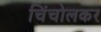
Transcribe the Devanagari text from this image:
चिंचोलकर